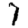
Digit: 7